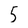
Character: 5